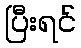
ပြီးရင်